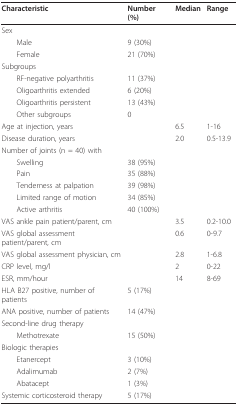
<table><thead><tr><td><b>Characteristic</b></td><td><b>Number (%)</b></td><td><b>Median</b></td><td><b>Range</b></td></tr></thead><tbody><tr><td>Sex</td><td></td><td></td><td></td></tr><tr><td> Male</td><td>9 (30%)</td><td></td><td></td></tr><tr><td> Female</td><td>21 (70%)</td><td></td><td></td></tr><tr><td>Subgroups</td><td></td><td></td><td></td></tr><tr><td> RF-negative polyarthritis</td><td>11 (37%)</td><td></td><td></td></tr><tr><td> Oligoarthritis extended</td><td>6 (20%)</td><td></td><td></td></tr><tr><td> Oligoarthritis persistent</td><td>13 (43%)</td><td></td><td></td></tr><tr><td> Other subgroups</td><td>0</td><td></td><td></td></tr><tr><td>Age at injection, years</td><td></td><td>6.5</td><td>1-16</td></tr><tr><td>Disease duration, years</td><td></td><td>2.0</td><td>0.5-13.9</td></tr><tr><td>Number of joints (n = 40) with</td><td></td><td></td><td></td></tr><tr><td> Swelling</td><td>38 (95%)</td><td></td><td></td></tr><tr><td> Pain</td><td>35 (88%)</td><td></td><td></td></tr><tr><td> Tenderness at palpation</td><td>39 (98%)</td><td></td><td></td></tr><tr><td> Limited range of motion</td><td>34 (85%)</td><td></td><td></td></tr><tr><td> Active arthritis</td><td>40 (100%)</td><td></td><td></td></tr><tr><td>VAS ankle pain patient/parent, cm</td><td></td><td>3.5</td><td>0.2-10.0</td></tr><tr><td>VAS global assessment patient/parent, cm</td><td></td><td>0.6</td><td>0-9.7</td></tr><tr><td>VAS global assessment physician, cm</td><td></td><td>2.8</td><td>1-6.8</td></tr><tr><td>CRP level, mg/l</td><td></td><td>2</td><td>0-22</td></tr><tr><td>ESR, mm/hour</td><td></td><td>14</td><td>8-69</td></tr><tr><td>HLA B27 positive, number of patients</td><td>5 (17%)</td><td></td><td></td></tr><tr><td>ANA positive, number of patients</td><td>14 (47%)</td><td></td><td></td></tr><tr><td>Second-line drug therapy</td><td></td><td></td><td></td></tr><tr><td> Methotrexate</td><td>15 (50%)</td><td></td><td></td></tr><tr><td>Biologic therapies</td><td></td><td></td><td></td></tr><tr><td> Etanercept</td><td>3 (10%)</td><td></td><td></td></tr><tr><td> Adalimumab</td><td>2 (7%)</td><td></td><td></td></tr><tr><td> Abatacept</td><td>1 (3%)</td><td></td><td></td></tr><tr><td>Systemic corticosteroid therapy</td><td>5 (17%)</td><td></td><td></td></tr></tbody></table>